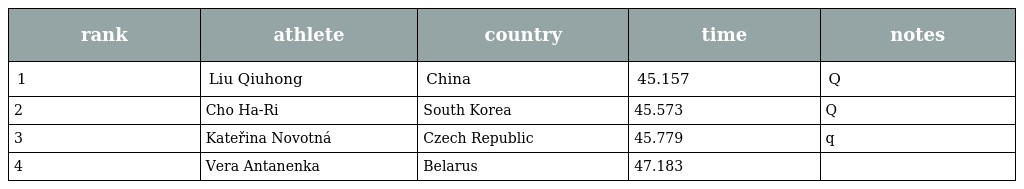
| rank | athlete | country | time | notes |
 | --- | --- | --- | --- | --- |
 | 1 | Liu Qiuhong | China | 45.157 | Q |
 | 2 | Cho Ha-Ri | South Korea | 45.573 | Q |
 | 3 | Kateřina Novotná | Czech Republic | 45.779 | q |
 | 4 | Vera Antanenka | Belarus | 47.183 |  |